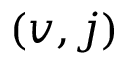
( v , j )